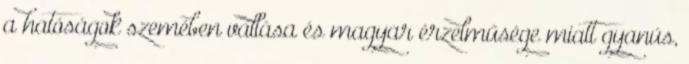
a hatóságok szemében vallása és magyar érzelműsége miatt gyanús,